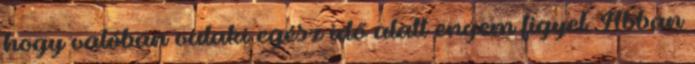
hogy valóban valaki egész idő alatt engem figyel. Abban